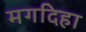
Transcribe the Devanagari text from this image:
मगदिहा